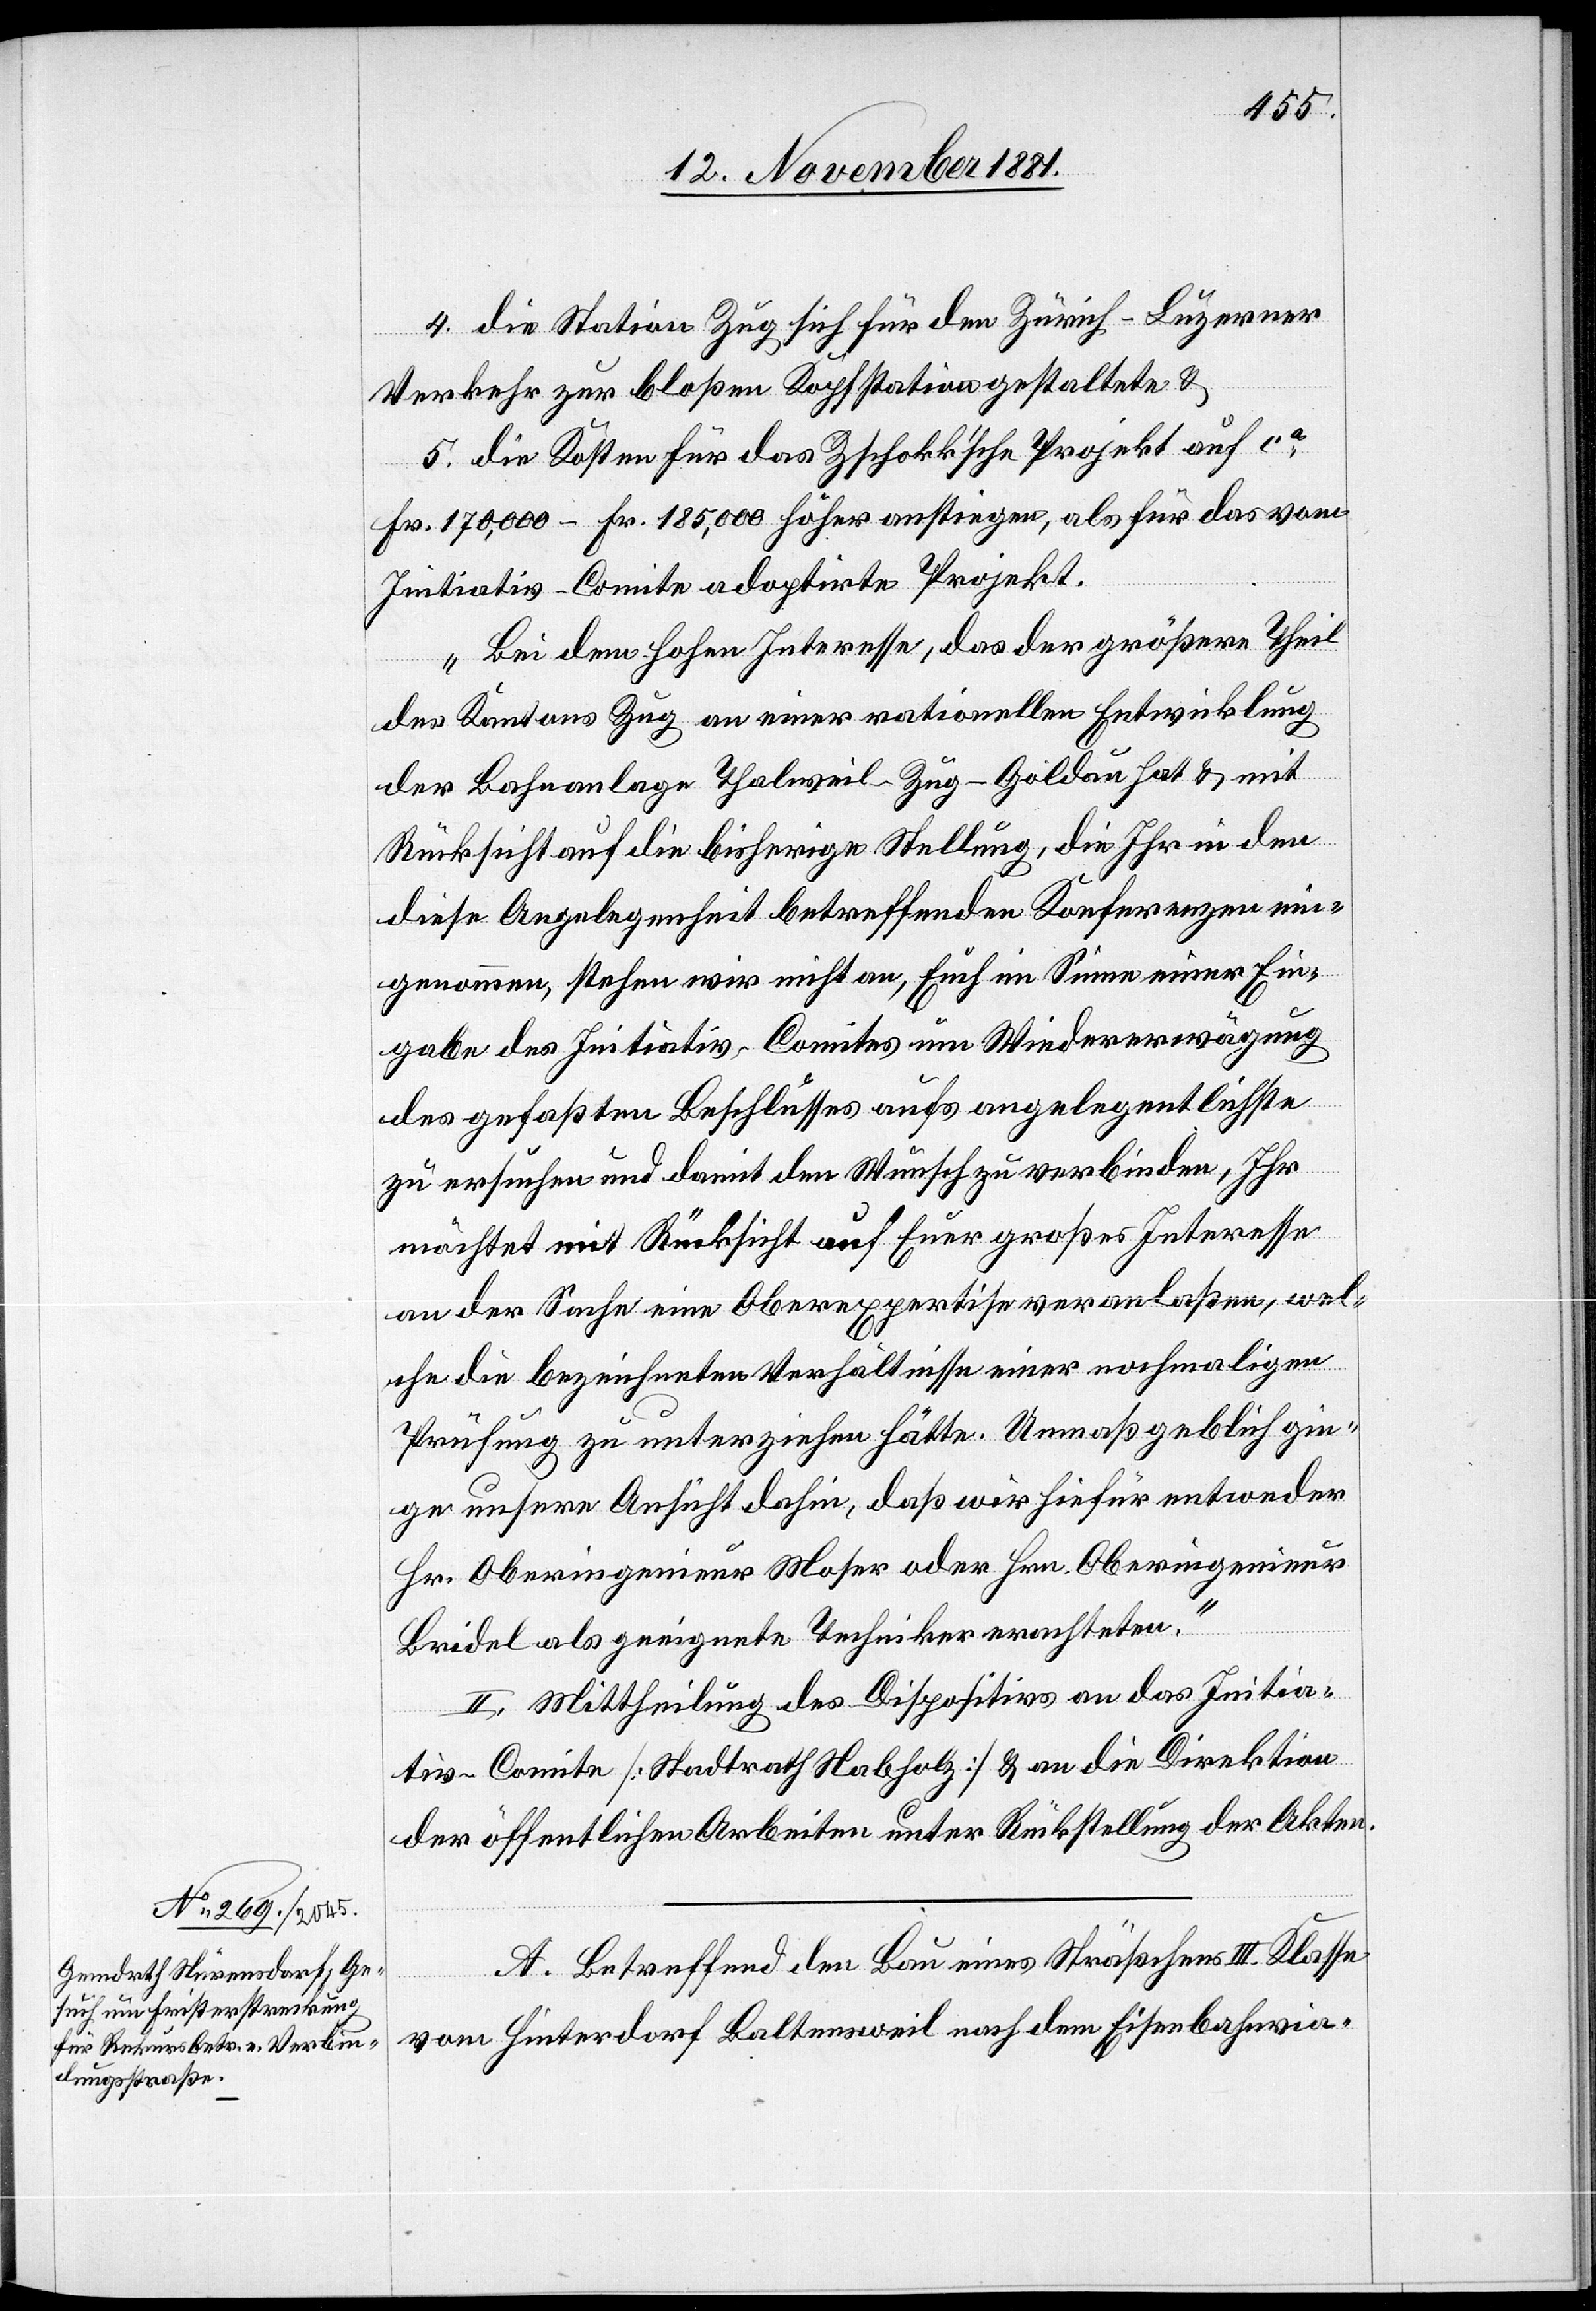
4. die Station Zug sich für den Zürich–Luzerner
Verkehr zur bloßen Kopfstation gestaltete &
5. die Kosten für das Zschokk’sche Projekt auf ca
Fr. 170,000–Fr. 185,000 höher anstiegen, als für das vom
Initiativ-Comite adoptirte Projekt.
Bei dem hohen Interesse, das der größere Theil
des Kantons Zug an einer rationellen Entwicklung
der Bahnanlage Thalweil–Zug–Goldau hat & mit
Rücksicht auf die bisherige Stellung, die Ihr in den
diese Angelegenheit betreffenden Konferenzen ein¬
genommen, stehen wir nicht an, Euch im Sinne einer Ein¬
gabe des Initiativ-Comites um Wiedererwägung
des gefaßten Beschlusses aufs angelegentlichste
zu ersuchen und damit den Wunsch zu verbinden, Ihr
möchtet mit Rücksicht auf Euer großes Interesse
an der Sache eine Oberexpertise veranlaßen, wel¬
che die bezeichneten Verhältnisse einer nochmaligen
Prüfung zu unterziehen hätte. Unmaßgeblich gin¬
ge unsere Ansicht dahin, daß wir hiefür entweder
Hr. Oberingenieur Moser oder Hrn. Oberingenieur
Bridel als geeignete Techniker erachteten.“
II. Mittheilung des Dispositivs an das Initia¬
tiv-Comite [Stadtrath Habholz] & an die Direktion
der öffentlichen Arbeiten unter Rückstellung der Akten.
A. Betreffend den Bau eines Sträßchens III. Klasse
vom Hinterdorf Baltensweil nach dem Eisenbahnvia-